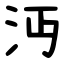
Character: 沔